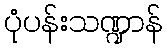
ပုံပန်းသဏ္ဍာန်